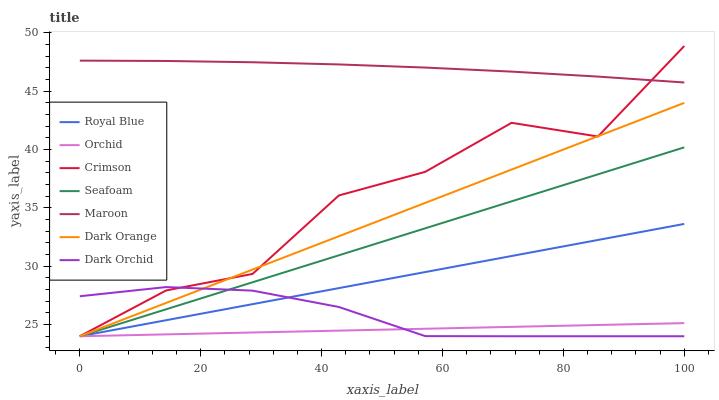
| xaxis_label | Royal Blue | Orchid | Crimson | Seafoam | Maroon | Dark Orange | Dark Orchid |
 | --- | --- | --- | --- | --- | --- | --- | --- |
 | 0 | 24 | 24 | 24 | 24 | 47.6 | 24 | 27.4 |
 | 14.3 | 25.4 | 24.2 | 27.9 | 26.3 | 47.6 | 26.9 | 28.2 |
 | 28.6 | 26.8 | 24.3 | 29.3 | 28.6 | 47.5 | 29.7 | 27.9 |
 | 42.9 | 28.1 | 24.5 | 36.1 | 30.9 | 47.3 | 32.6 | 26.5 |
 | 57.1 | 29.5 | 24.6 | 38.1 | 33.3 | 47 | 35.4 | 24 |
 | 71.4 | 30.9 | 24.8 | 42.3 | 35.6 | 46.7 | 38.3 | 24 |
 | 85.7 | 32.3 | 25 | 41.1 | 37.9 | 46.3 | 41.1 | 24 |
 | 100 | 33.6 | 25.1 | 48.9 | 40.2 | 45.8 | 44 | 24 |